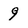
Character: 9